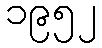
၁၉၅၂